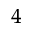
_ 4